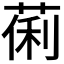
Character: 𬝒